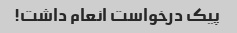
پیک درخواست انعام داشت!